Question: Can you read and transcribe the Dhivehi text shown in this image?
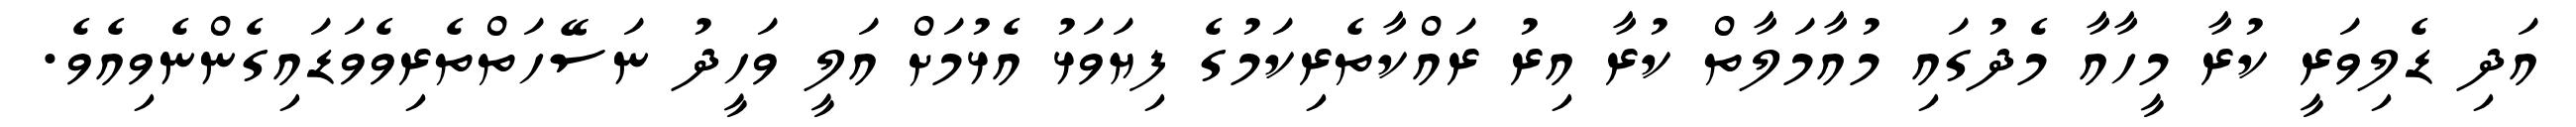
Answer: އަދި ޑެލިވަރީ ކުރާ މީހާއާ މެދުގައި މުއާމަލާތް ކުރާ އިރު ރައްކާތެރިކަމުގެ ފިޔަވަޅު އެޅުމަށް އަލީ ވަހީދު ނަސޭހަތްތެރިވެވަޑައިގެންނެވިއެވެ.